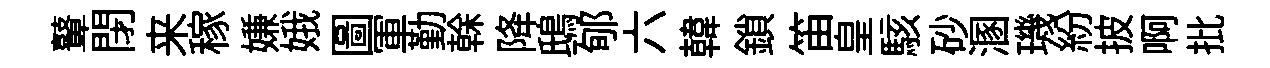
鼙閉来稼嫌娥圖軍勤𠏉降鴟郇六韓鎖笛皇駭砂溷璣紛披啊批